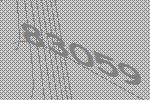
83059